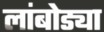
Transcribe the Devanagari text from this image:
लांबोड्या